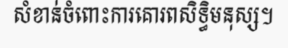
សំខាន់ចំពោះការគោរពសិទ្ធិមនុស្ស។